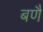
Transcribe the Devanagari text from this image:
बणै